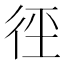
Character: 𭛩